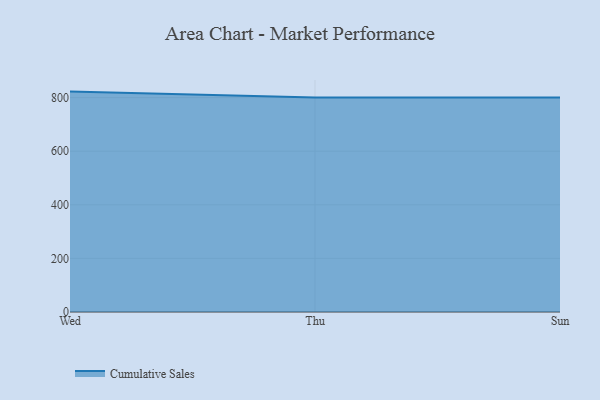
{"axis": {"x": "Day", "y": "Production Output"}, "legend": ["Cumulative Sales"], "data": [{"x": "Wed", "y": 822.4, "type": "Cumulative Sales"}, {"x": "Thu", "y": 800, "type": "Cumulative Sales"}, {"x": "Sun", "y": 800, "type": "Cumulative Sales"}]}